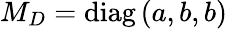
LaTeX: M_{D}=\mathrm{diag}\left(a,b,b\right)